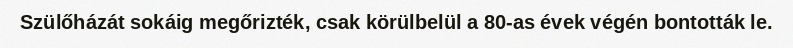
Szülőházát sokáig megőrizték, csak körülbelül a 80-as évek végén bontották le.